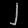
Digit: ၂